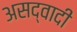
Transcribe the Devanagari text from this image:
असद्वादी